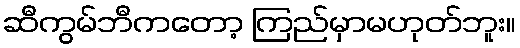
ဆီကွမ်ဘီကတော့ ကြည်မှာမဟုတ်ဘူး။